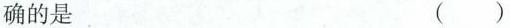
确的是 ( )